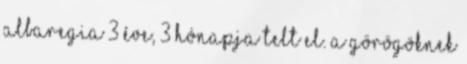
albaregia 3 éve, 3 hónapja telt el. A görögöknek